Lunatic asylums Central Provinces reports 1886-1894 - 1886-1894
Year: 1886
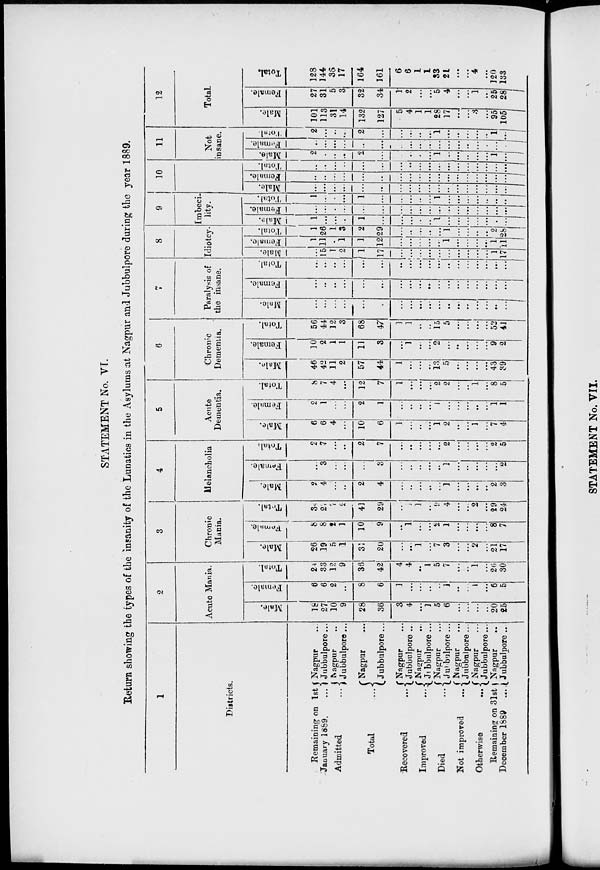
STATEMENT No. VI.
Return showing the types of the insanity of the Lunatics in the Asylums at Nagpur and Jubbulpore during the year 1889.
1
Districts.
Remaining on 1st
January 1889.
Admitted
...
Total
Recovered ...
Improved
...
Died
...
Not improved
...
Otherwise
...
Remaining on 31st
December 1889
...
Nagpur ...
Jubbulpore ...
Nagpur ...
Jubbulpore ...
Nagpur ...
Jubbulpore...
Nagpur ...
Jubbulpore ...
Naapur ...
Jubbulpore ...
Nagpur ...
Jubbulpore ...
Nagpur ...
Jubbulpore ...
Nagpur ...
Jubbulpore ...
Nagpur ...
Jubbulpore ...
2
Acute Mania.
Male.
18
27
10
9
28
36
3
4
...
1
5
6
...
...
...
...
20
25
Female.
6
6
2
...
8
6
1
...
...
...
...
1
...
...
1
...
6
5
Total.
24
33
12
9
36
42
4
4
...
1
5
7
...
...
1
...
26
30
3
Chronic
Mania.
Male.
26
19
5
1
31
20
...
...
1
...
7
3
...
...
2
...
21
17
Female.
8
8
2
1
10
9
...
1
...
...
2
1
...
...
...
...
8
7
Total.
34
27
7
2
41
29
...
1
1
...
9
4
...
...
2
...
29
24
4
Melancholia
Male.
2
4
...
...
2
4
...
...
...
...
...
1
...
...
...
...
2
3
Female.
...
3
...
...
...
3
...
...
...
...
...
1
...
...
...
...
...
2
Total.
2
7
...
...
2
7
...
...
...
...
...
2
...
...
...
...
2
5
5
Acute
Dementia.
Male.
6
6
4
...
10
6
1
...
...
...
1
2
...
...
1
...
7
4
Female.
2
1
...
...
2
1
...
...
...
...
...
...
...
...
..
...
1
1
Total.
8
7
4
...
12
7
1
...
...
...
2
2
...
...
1
...
8
5
6
Chrome
Dementia.
Male.
46
42
11
2
57
44
1
...
...
...
13
5
...
...
...
...
43
39
Female.
10
2
1
1
11
3
...
1
...
...
2
...
...
...
...
...
9
2
Total.
56
44
12
3
68
47
1
1
...
...
15
5
...
...
...
...
52
41
7
Paralysis of
the insane.
Male.
...
...
...
...
...
...
...
...
...
...
...
...
...
...
...
...
...
...
Female.
...
...
...
...
...
...
...
...
...
...
...
...
...
...
...
...
...
...
Total.
...
...
...
...
...
...
...
...
...
...
...
...
...
...
...
...
...
...
8
Idiotcy.
Male.
...
15
1
2
1
17
...
...
...
...
...
...
...
...
...
...
1
17
Female.
1
11
...
1
1
12
...
...
...
...
...
1
...
...
...
...
1
11
Total.
1
26
1
3
2
29
...
...
...
...
...
1
...
...
...
...
2
28
9
Imbeci-
lity.
Male.
1
...
...
...
1
...
...
...
...
...
1
...
...
...
...
...
...
...
Female.
...
...
...
...
...
...
...
...
...
...
...
...
...
...
...
...
...
...
Total.
1
...
...
...
1
...
...
...
...
...
1
...
...
...
...
...
...
...
10
Male.
...
...
...
...
...
...
...
...
...
...
...
...
...
...
...
...
...
...
Female.
...
...
...
...
...
...
...
...
...
...
...
...
...
...
...
...
...
...
Total.
...
...
...
...
...
...
...
...
...
...
...
...
...
...
...
...
...
...
11
Not
insane.
Male.
2
...
...
...
2
...
...
...
...
...
1
...
...
...
...
...
1
...
Female.
...
...
...
...
...
...
...
...
...
...
...
...
...
...
...
...
...
...
Total.
2
...
...
...
2
...
...
...
...
...
1
...
...
...
...
...
1
...
12
Total
Male.
101
113
31
14
132
127
5
4
1
1
28
17
...
...
3
...
95
105
Female.
27
31
5
3
32
34
1
2
...
...
5
4
...
...
1
...
25
28
Total.
128
144
36
17
164
161
6
6
1
1
33
21
...
...
4
...
120
133